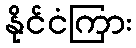
နိုင်ငံကြား